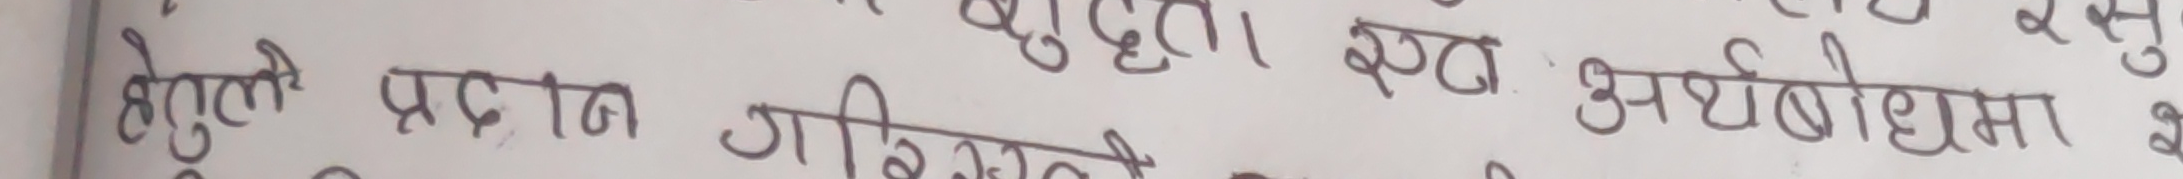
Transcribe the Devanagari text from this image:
हेगुले प्रदान गरिसकेपछि स्पष्ट अर्थबोधमा